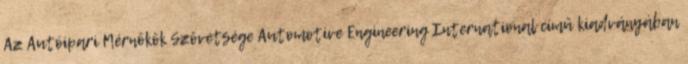
Az Autóipari Mérnökök Szövetsége Automotive Engineering International című kiadványában